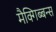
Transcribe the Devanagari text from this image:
मैक्गिब्बन्स